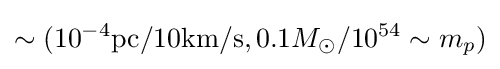
\sim (10^{-4}{\text{pc}}/10{\text{km/s}},0.1M_{\odot }/10^{54}\sim m_{p})